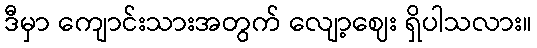
ဒီမှာ ကျောင်းသားအတွက် လျော့ဈေး ရှိပါသလား။